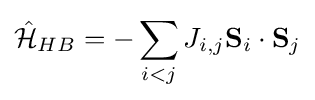
{\hat {\mathcal {H}}}_{HB}=-\sum _{i<j}J_{i,j}\mathbf {S} _{i}\cdot \mathbf {S} _{j}